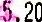
5.20